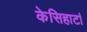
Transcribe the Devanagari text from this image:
केसिहाटां